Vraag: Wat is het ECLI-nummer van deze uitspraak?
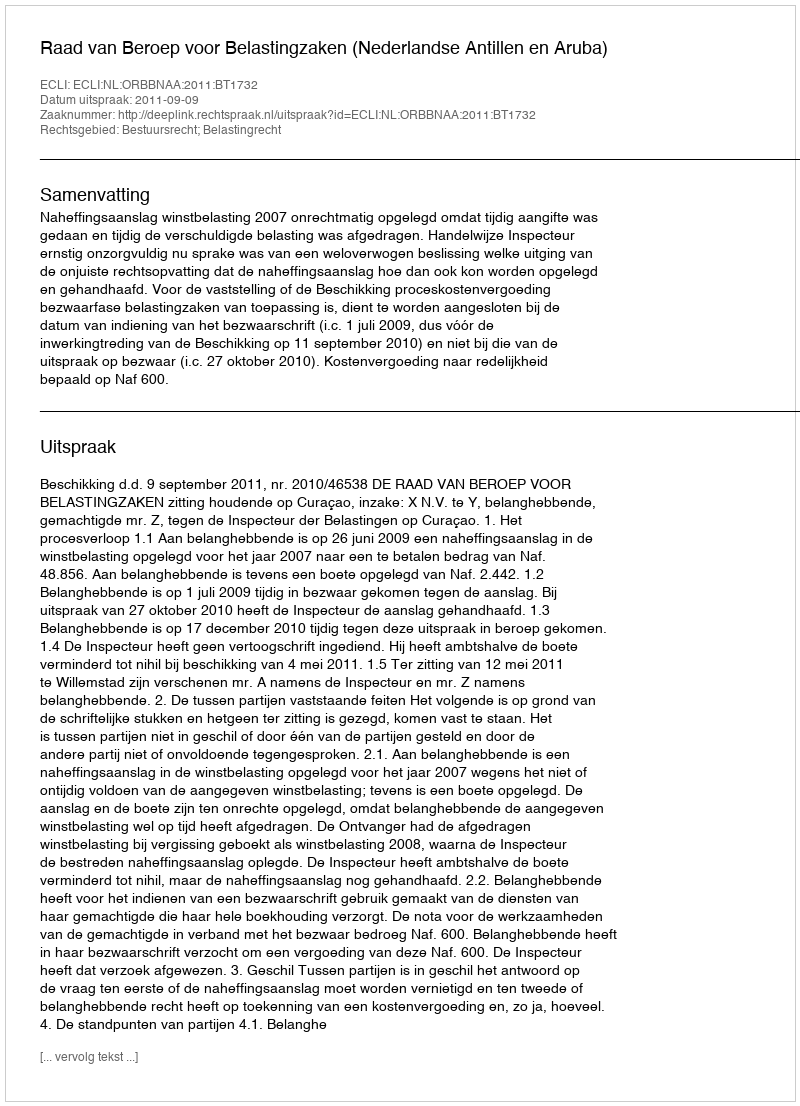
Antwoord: ECLI:NL:ORBBNAA:2011:BT1732